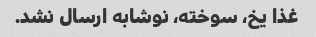
غذا یخ، سوخته، نوشابه ارسال نشد.